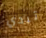
تبدي